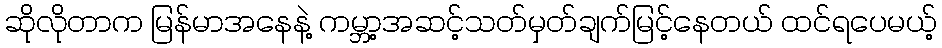
ဆိုလိုတာက မြန်မာအနေနဲ့ ကမ္ဘာ့အဆင့်သတ်မှတ်ချက်မြင့်နေတယ် ထင်ရပေမယ့်